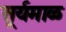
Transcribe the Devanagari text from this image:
सूर्यमाळ